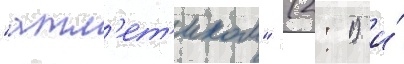
"атл'ет'иком" (2: 1) и́